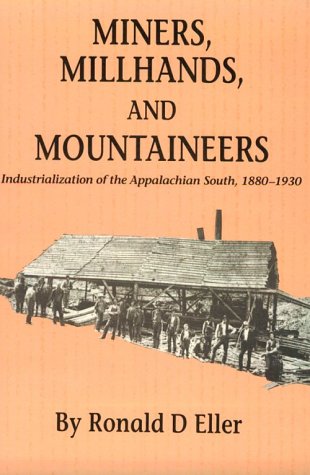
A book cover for Miners Millhands Mountaineers: Industrialization Appalachian South (Twentieth-Century America Series); Ronald D. Eller; Business & Money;